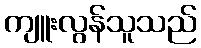
ကျူးလွန်သူသည်